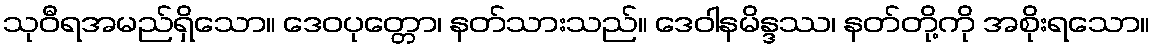
သုဝီရအမည်ရှိသော။ ဒေဝပုတ္တော၊ နတ်သားသည်။ ဒေဝါနမိန္ဒဿ၊ နတ်တို့ကို အစိုးရသော။